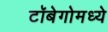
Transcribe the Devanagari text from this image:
टॉबेगोमध्ये